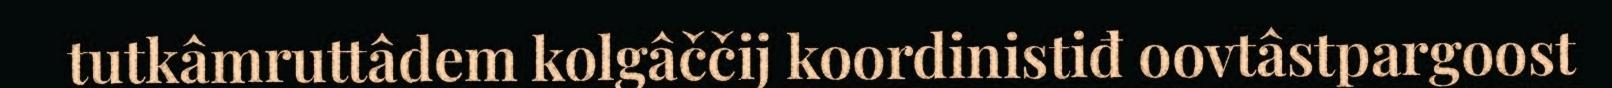
tutkâmruttâdem kolgâččij koordinistiđ oovtâstpargoost